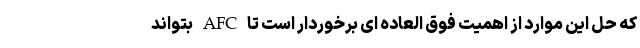
که حل این موارد از اهمیت فوق العاده ای برخوردار است تا AFC بتواند